Civil Veterinary Dept. Bombay admin report 1914-1922 - 1914-1922
Year: 1914
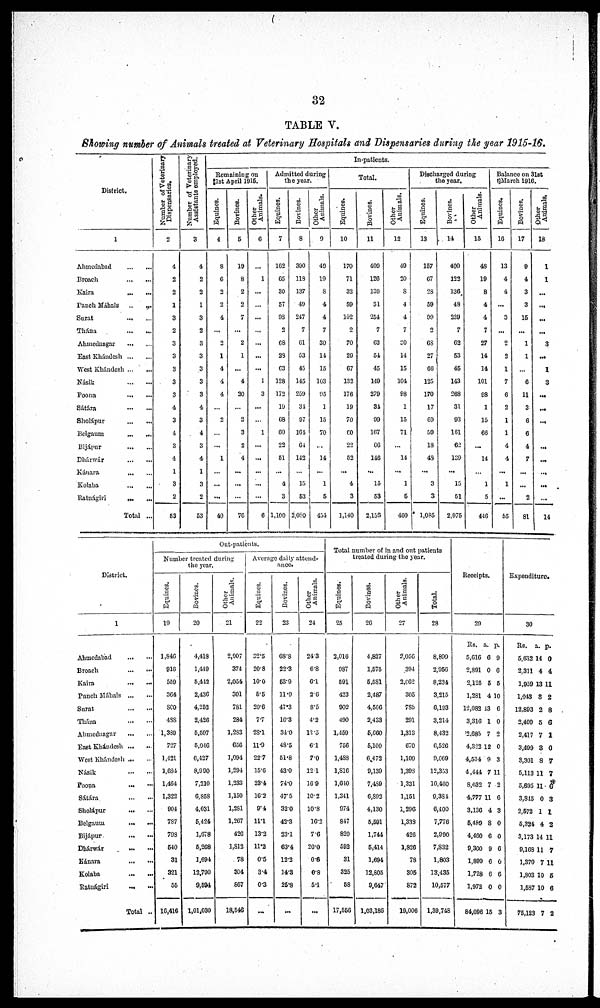
32
TABLE V.
Showing number of Animals treated at Veterinary Hospitals and Dispensaries during the year 1915-16.
District.
1
Ahmedabad ... ...
Broach ... ...
Kaira ... ...
Panch Máhals ... ...
Surat ... ...
Thána ... ...
Ahmednagar ... ...
East Khándesh ... ...
West Khándesh ... ...
Násik ... ...
Poona ... ...
Sátára ... ...
Sholápur ... ...
Belgaum ... ...
Bijápur ... ...
Dhárwár ... ...
Kánara ... ...
Kolaba ... ...
Ratnágiri ... ...
Total ...
Number of Veterinary
Dispensaries.
2
4
2
2
1
3
2
3
3
3
3
3
4
3
4
3
4
1
3
2
53
Number of Veterinary
Assistants employed.
3
4
2
2
1
3
2
3
3
3
3
3
4
3
4
3
4
1
3
2
53
In-patients.
Remaining on
1st April 1915.
Equines.
4
8
6
2
2
4
...
2
1
4
4
4
...
2
...
...
1
...
...
...
40
Bovines.
5
19
8
2
2
7
...
2
1
...
4
20
...
2
3
2
4
...
...
...
76
Other
Animals.
6
...
1
...
...
...
...
...
...
...
1
3
...
...
1
...
...
...
...
...
6
Admitted during
the year.
Equines.
7
162
65
30
57
98
2
68
28
63
128
172
19
68
60
22
51
...
4
3
1,100
Bovines.
8
390
118
137
49
247
7
61
53
45
145
259
34
97
164
64
142
...
15
53
2,080
Other
Animals.
9
49
19
8
4
4
7
30
14
15
103
95
1
15
70
...
14
...
1
5
451
Total.
Equines.
10
170
71
32
59
102
2
70
29
67
132
176
19
70
60
22
52
...
4
3
1,140
Bovines.
11
409
120
139
51
254
7
63
54
45
149
270
34
99
107
66
146
...
15
53
2,156
Other
Animals.
12
49
20
8
4
4
7
20
14
15
104
98
1
15
71
...
14
...
1
5
460
Discharged during
the year.
Equines.
13
157
67
28
59
99
2
68
27
66
125
170
17
69
59
18
48
...
3
3
1,085
Bovines.
14
400
122
136
48
239
7
62
53
45
143
268
31
93
161
62
139
...
15
51
2,075
Other
Animals.
15
48
19
8
4
4
7
27
14
14
101
98
1
15
66
...
14
...
1
5
446
Balance on 31st
March 1916.
Equines.
16
13
4
4
...
3
...
2
2
1
7
6
2
1
1
4
4
...
1
...
55
Bovines.
17
9
4
3
3
15
...
1
1
...
6
11
3
6
6
4
7
...
...
2
81
Other
Animals.
18
1
1
...
...
...
...
3
...
1
3
...
...
...
...
...
...
...
...
...
14
District.
1
Ahmedabad ... ...
Broach ... ...
Kaira ... ...
Panch Máhals ... ...
Surat ... ...
Thána ... ...
Ahmednagar ... ...
East Khándesh ... ...
West Khándesh ... ...
Násik ... ...
Poona ... ...
Sátára ... ...
Sholápur ... ...
Belgaum ... ...
Bijápur ... ...
Dhárwár ... ...
Kánara
...
Kolaba ... ...
Ratnágiri ... ...
Total ...
Out-patients.
Number treated during
the year.
Equines.
19
1,846
916
559
364
800
488
1,389
727
1,421
1,684
1,464
1,322
904
787
798
540
31
321
55
16,416
Bovines.
20
4,418
1,449
5,412
2,436
4,252
2,426
5,597
5,046
6,427
8,990
7,210
6,858
4,031
5,424
1,678
5,268
1,694
12,790
9,594
1,01,030
Other
Animals.
21
2,007
374
2,054
301
781
284
1,283
656
1,094
1,294
1,233
1,150
1,281
1,267
426
1,812
78
304
867
18,546
Average daily attend-
ance.
Equines.
22
32.5
20.8
10.0
5.5
20.6
7.7
28.1
11.9
22.7
15.6
23.4
16.2
9.4
11.1
13.2
11.2
0.5
3.4
0.3
...
Bovines.
23
68.8
22.3
53.9
11.9
47.3
16.3
34.0
48.5
51.8
43.0
74.0
47.5
32.0
42.3
23.1
63.4
12.2
14.3
25.8
...
Other
Animals.
24
24.3
6.8
6.1
2.6
8.5
4.2
12.5
6.1
7.0
12.1
16.9
10.2
10.8
16.2
7.6
20.0
0.6
0.8
5.1
...
Total number of in and out patients
treated during the year.
Equines.
25
3,016
987
591
423
902
490
1,459
756
1,483
1.816
1,610
1,341
974
847
820
592
31
325
58
17,556
Bovines.
26
4,827
1,575
5,581
2,487
4,506
2,433
5,660
5,100
6,472
9,139
7,489
6,892
4,130
5,591
1,744
5,414
1,694
12,805
9,647
1,03,186
Other
Animals.
27
2,056
394
2,062
305
785
291
1,313
670
1,109
1,398
1,331
1,151
1,296
1,338
426
1,826
78
305
872
19,006
Total.
28
8,899
2,956
8,234
3,215
6,193
3,214
8,432
6,526
9,069
12,353
10,460
9,384
6,400
7,776
2,990
7,832
1,803
13,435
10,577
1,39,748
Receipts.
29
Rs.
5,616
2,891
2,125
1,281
12,082
3,316
2,685
4,322
4,534
4,444
8,032
4,777
3,136
6,489
4,460
9,300
1,899
1,728
1,972
84,096
a.
6
0
5
4
13
1
7
12
9
7
7
11
4
8
6
9
6
6
0
15
p.
9
6
5
10
6
0
2
0
3
11
2
6
3
0
0
6
0
6
0
3
Expenditure.
30
Rs.
5,632
2,311
1,959
1,043
12,893
2,409
2,417
3,499
3,301
5,113
5,695
3,815
2,572
5,324
3,173
9,168
1,370
1,803
1,537
75,123
a.
14
4
13
8
2
5
7
3
8
11
11
0
1
4
14
11
7
10
10
7
p.
0
4
11
2
8
6
1
0
7
7
6
3
1
2
11
7
11
5
6
2